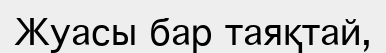
Жуасы бар таяқтай,